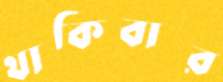
থাকিবার